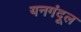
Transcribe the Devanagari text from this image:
यनगंदूल